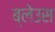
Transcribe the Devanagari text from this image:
ब्लेउस